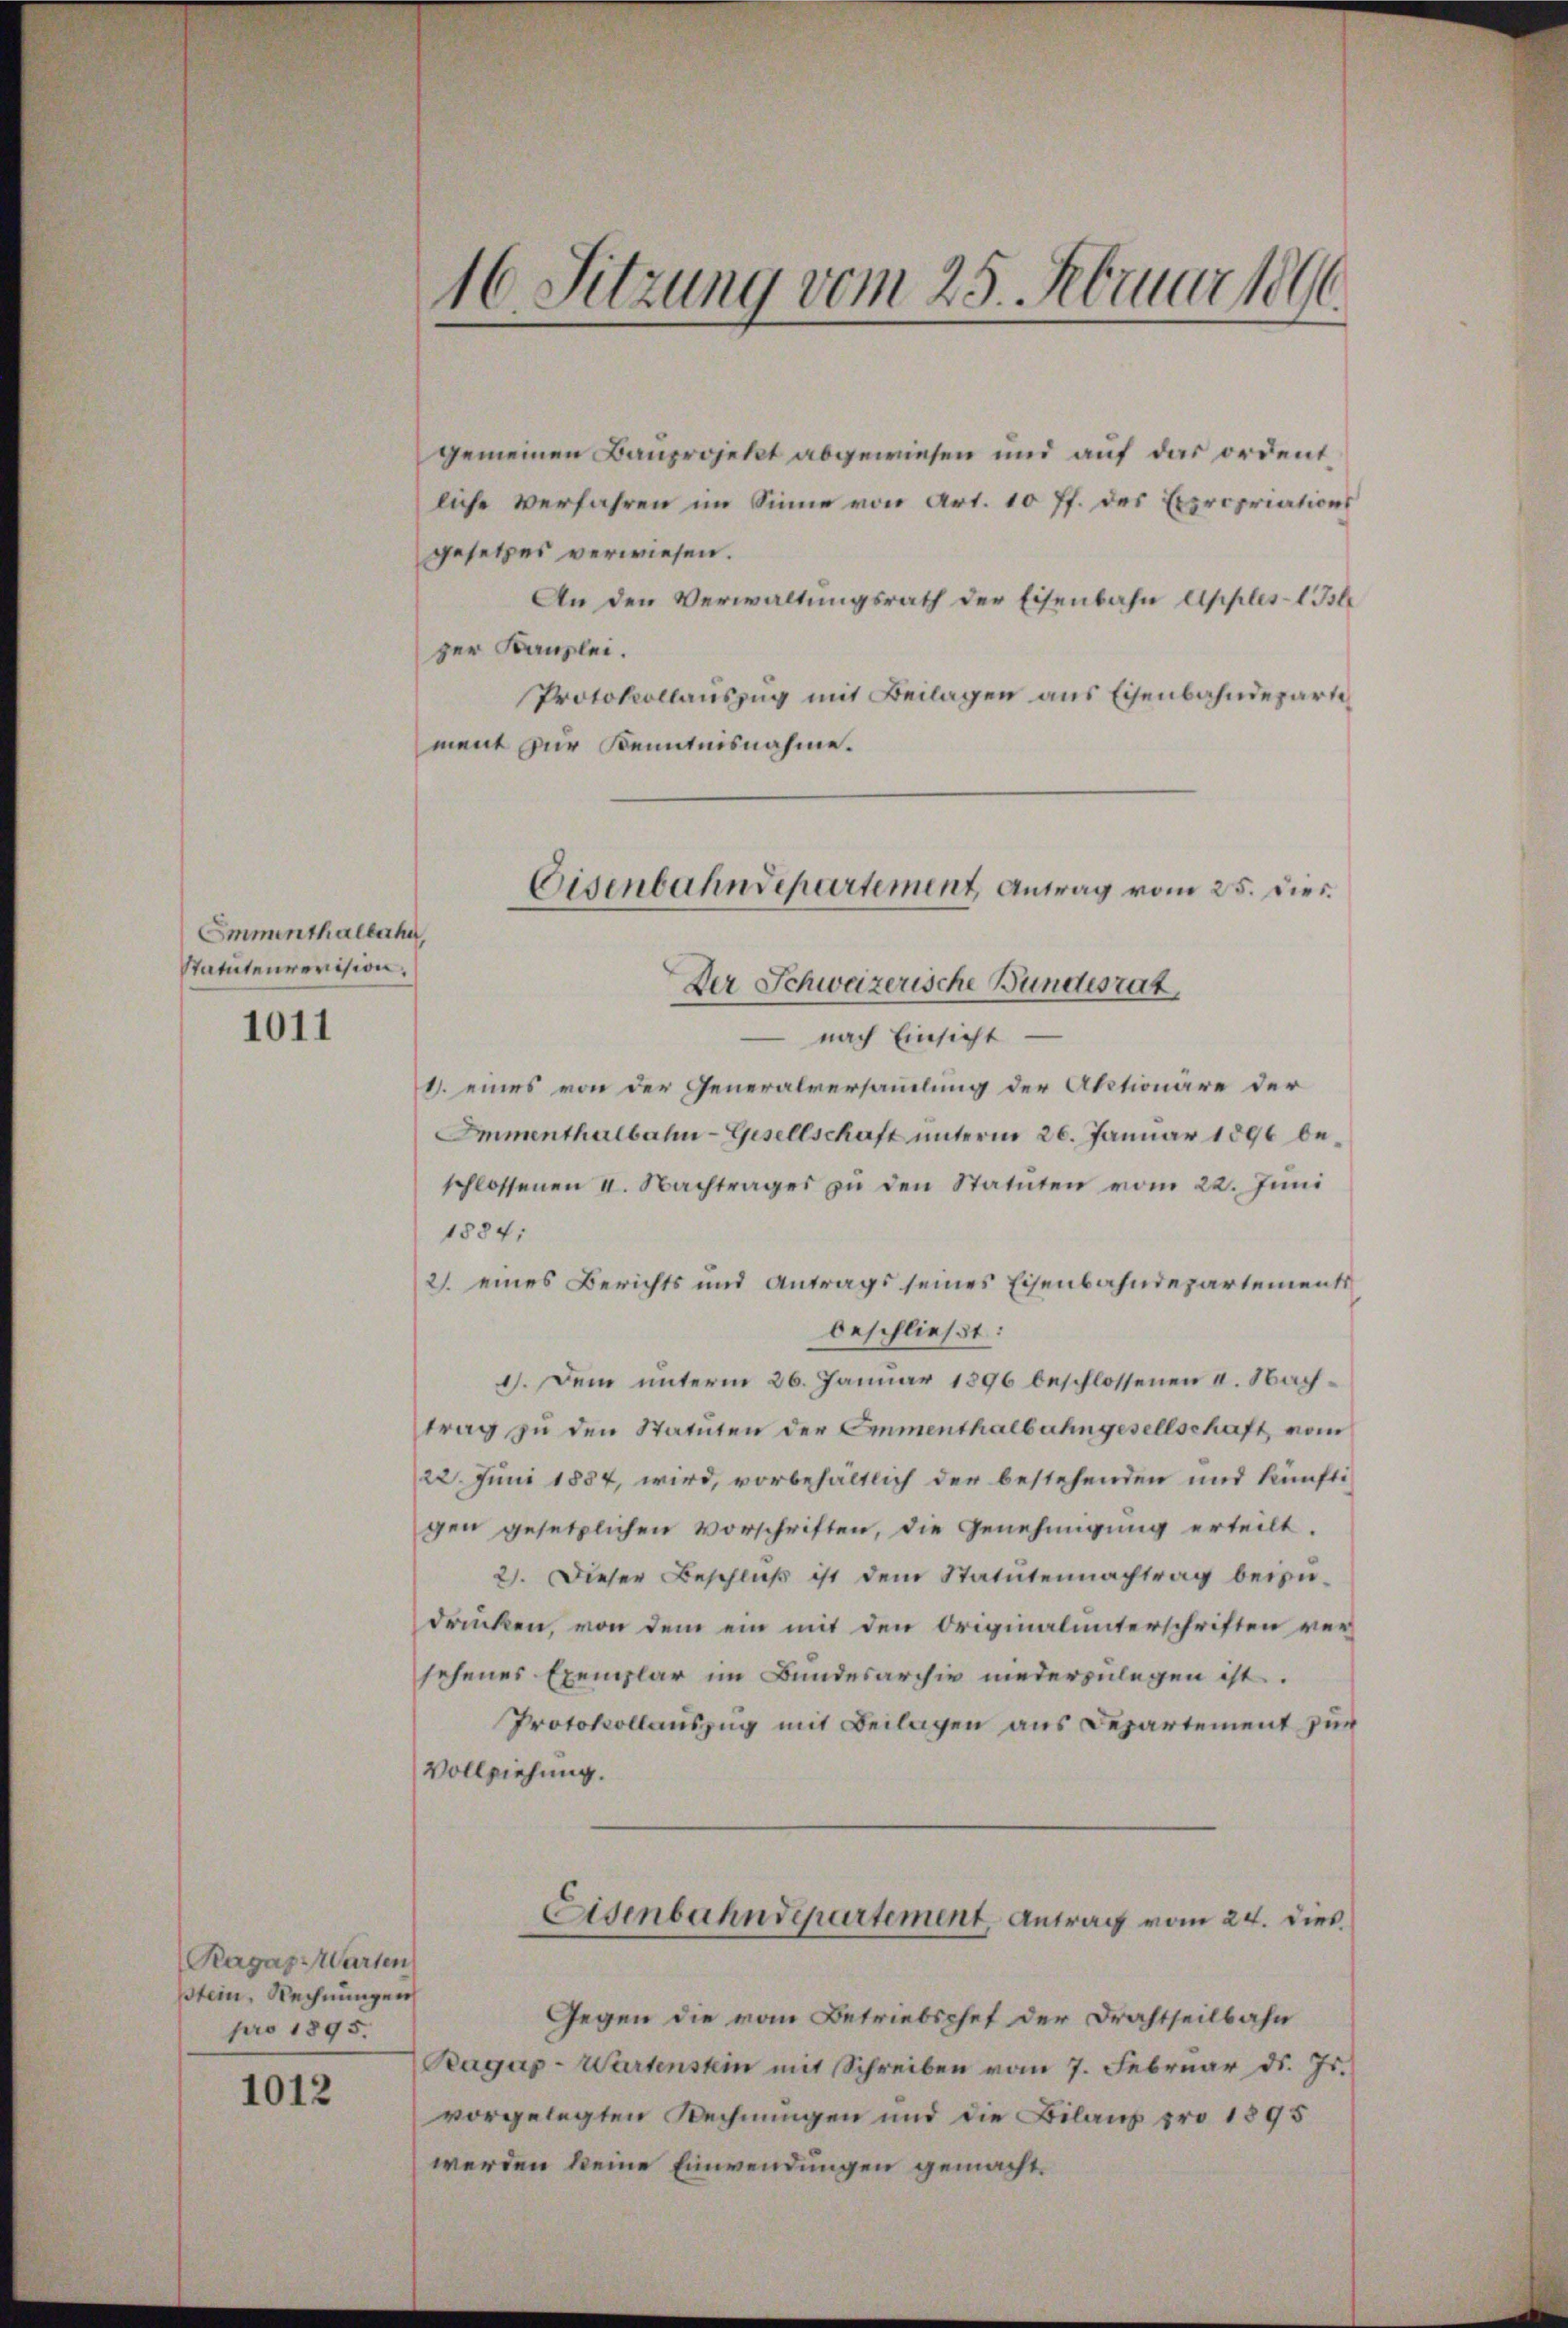
Emmenthalbahn,
Statutenrevision.

1011

gemeinen Bauprojekt abgewiesen und auf das ordentliche Verfahren im Sinne von Art. 10 ff. des Expropriations
gesetzes verwiesen.
An den Verwaltungsrath der Eisenbahn Apples-1 Isle
ger Kanzlei.
Protokollauszug mit Beilagen aus Eisenbahndepartement zur Kenntnisnahme.
Der Schweizerische Bundesrat
—
 nach Einsicht
1. eines von der Generalversammlung der Aktionäre der
Immenthalbahn-Gesellschaft unterm 26. Januar 1896 beschlossenen II. Nachtrages zŭ den Statuten vom 22. Juni
1884.
21. eines Berichts und Antrags seines Eisenbahndepartements
beschließt:
1). Dem unterm 26. Januar 1896 beschlossenen 4. Nachtrag zu den Statuten der Emmenthalbahngesellschaft, vom
/22. Juni 1854, wird, vorbehältlich der bestehenden und künftigen gesetzlichen Vorschriften, die Genehmigung erteilt.
2). Dieser Beschließ ist dem Statutennachtrag beizudrücken, von dem ein mit den Originalunterschriften versehenes Exemplar im Bundesarchiv niederzulegen ist.
Protokollauszug mit Beilagen aus Departement zur
Vollziehung.
Eisenbahndepartement, Antrag vom 24. dies
Gegen die vom Betriebschef der Drahtheilbahn
Bagap-Wartenstein mit Schreiben vom 7. Februar d. Js.
vorgelegten Rechnungen und die Bilanz pro 1895
werden keine Einwendungen gemacht.

Ragaz Warten
ptein, Rechnungen
pro 1895.

1012

16. Sitzung vom 25. Februar 1896

Eisenbahndepartement Antrag vom 25. dies